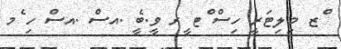
ްޒ މިލިޓަރީ ހިސް ްޓ ީރ ވީ.ބީެ .އސްެ .އސް ހި ެމ